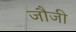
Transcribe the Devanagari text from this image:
जौजी